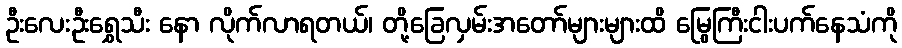
ဦးလေးဦးရွှေသီး နော လိုက်လာရတယ်၊ တို့ခြေလှမ်းအတော်များများထိ မြွေကြီးငါးပက်နေသံကို